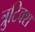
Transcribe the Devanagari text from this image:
त्रुटिवश